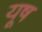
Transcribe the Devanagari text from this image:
यूष